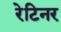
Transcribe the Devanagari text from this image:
रेटिनर